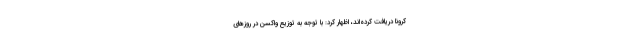
کرونا دریافت کرده‌اند، اظهار کرد: با توجه به توزیع واکسن در روزهای